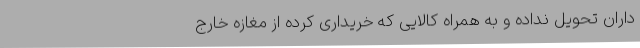
‌داران تحویل نداده و به همراه کالایی که خریداری کرده از مغازه خارج